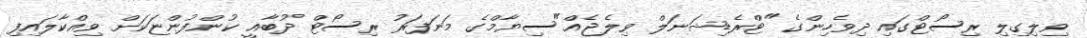
ވިލިގިލި ރިސޯޓްގައި ދިވެހިންގެ "ޓްރެޑިޝަނަލް ވިލެޖެއް"ސިޔާމްގެ މަނަފަރު ރިސޯޓް ދުބާއީ ކުންފުންޏަކަށް ވިއްކާލައިފި